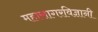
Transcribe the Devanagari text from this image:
महासागरविज्ञानी